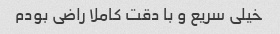
خیلی سریع و با دقت کاملا راضی بودم